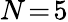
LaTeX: N\! =\! 5